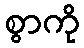
စွာကို